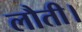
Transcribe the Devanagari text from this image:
लौती।